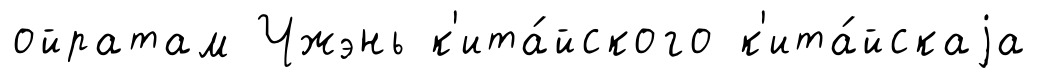
ойратам Чжэнь к'ита́йского к'ита́йскаjа